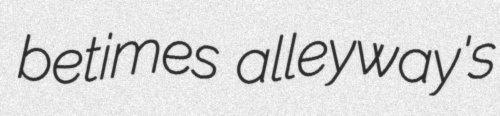
betimes alleyway's